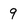
Character: 9